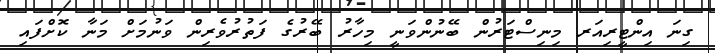
ގިނަ އިންޓީރިއަރ މިނިސްޓަރުން ބޭނުންވަނީ މިހާރު ބޭރުގެ ފަތުރުވެރިން ވަނުމަށް މަނާ ކޮށްފައި